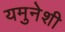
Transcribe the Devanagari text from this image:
यमुनेशी